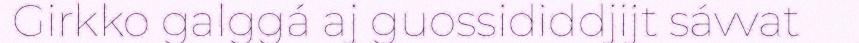
Girkko galggá aj guossididdjijt sávvat